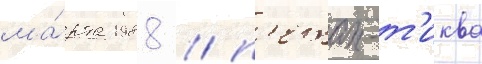
ма́рта 1988 / п'етах-т'иква